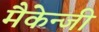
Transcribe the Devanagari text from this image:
मैकेन्जी